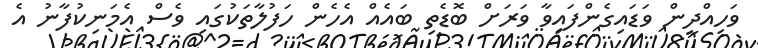
ވަހިއްދީން ވަޑައިގެންފައިވާ ވަރަށް ބޮޑެތި ބައެއް އެހެން ހަފުލާތަކުގައި ވެސް އެމަނިކުފާނު އެ